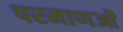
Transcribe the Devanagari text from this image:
परमाणओं